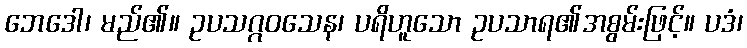
ဘေဒေါ၊ မည်၏။ ဥပသဂ္ဂဝသေန၊ ပရိဟူသော ဥပသာရ၏အစွမ်းဖြင့်။ ပဒံ၊